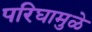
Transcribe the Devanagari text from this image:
परिघामुळे